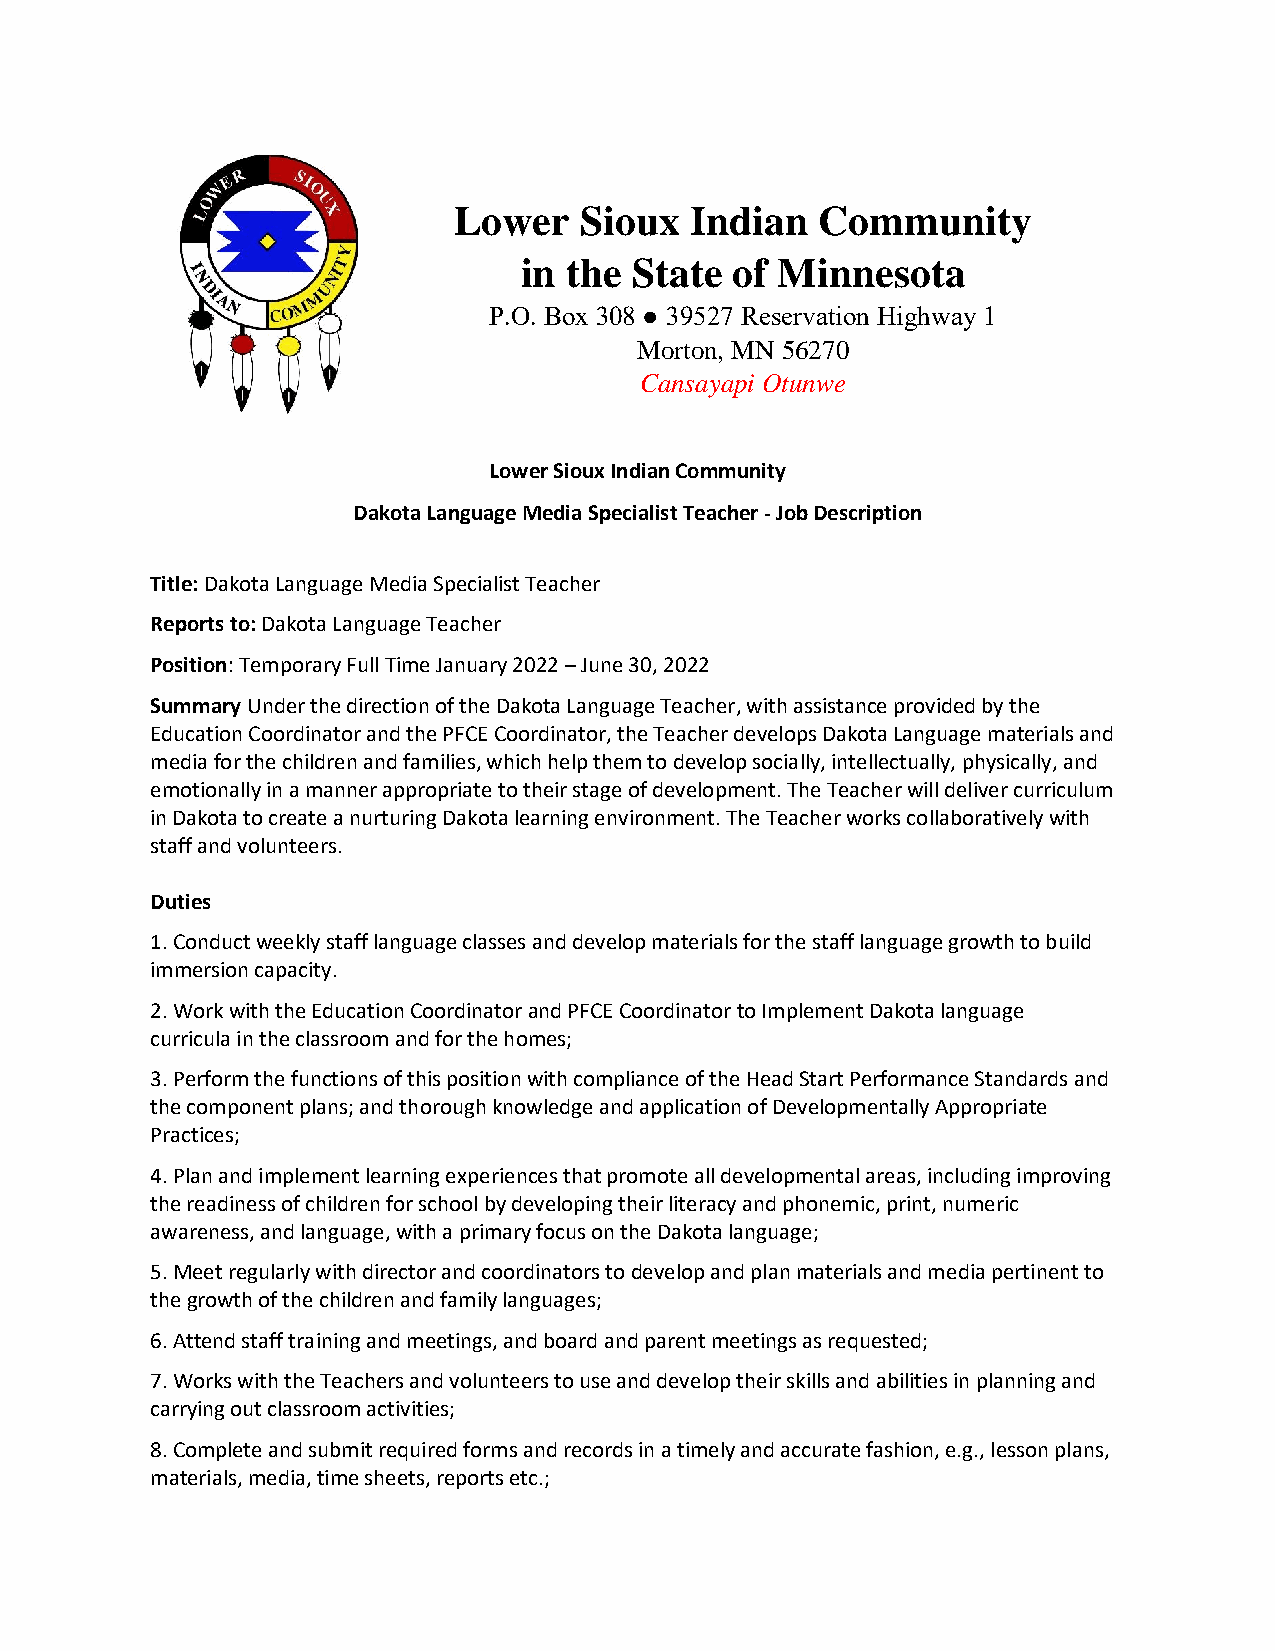
Lower   Sioux   Ind ian Community
 in the  State  of Minnesota
 P.O. Box 308 ● 39527 Reservation Highway 1
 Morton, M N 56270
 Cansayapi Otunwe
 Lower Sioux Indian Community
 Dakota Language Media Specialist Teacher - Job Description
 Title: Dakota Language Media Specialist Teacher
 Reports to: Dakota Language Teacher
 Position: Temporary Full Time January 2022 – June 30, 2022
 Summary Under the direction of the Dakota Language Teacher, with assistance provided by the
 Education Coordinator and the PFCE Coordinator, the Teacher develops Dakota Language materials and
 media for the children and families, which help them to develop socially, intellectually, physically, and
 emotionally in a manner appropriate to their stage of development. The Teacher will deliver curriculum
 in Dakota to create a nurturing Dakota learning environment. The Teacher works collaboratively with
 staff and volunteers.
 Duties
 1. Conduct weekly staff language classes and develop materials for the staff language growth to build
 immersion capacity.
 2. Work with the Education Coordinator and PFCE Coordinator to Implement Dakota language
 curricula in the classroom and for the homes;
 3. Perform the functions of this position with compliance of the Head Start Performance Standards and
 the component plans; and thorough knowledge and application of Developmentally Appropriate
 Practices;
 4. Plan and implement learning experiences that promote all developmental areas, including improving
 the readiness of children for school by developing their literacy and phonemic, print, numeric
 awareness, and language, with a primary focus on the Dakota language;
 5. Meet regularly with director and coordinators to develop and plan materials and media pertinent to
 the growth of the children and family languages;
 6. Attend staff training and meetings, and board and parent meetings as requested;
 7. Works with the Teachers and volunteers to use and develop their skills and abilities in planning and
 carrying out classroom activities;
 8. Complete and submit required forms and records in a timely and accurate fashion, e.g., lesson plans,
 materials, media, time sheets, reports etc.;